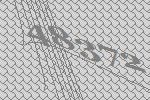
48372